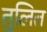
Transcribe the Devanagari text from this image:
तुलित